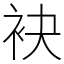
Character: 袂